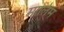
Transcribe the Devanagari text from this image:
मालिम